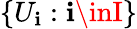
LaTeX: \{ U_{\mathbf{i}}:\mathbf{i}\inI\}